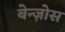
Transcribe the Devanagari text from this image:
बेन्ज़ोस